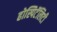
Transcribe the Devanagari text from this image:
होस्पिटॅलिटी